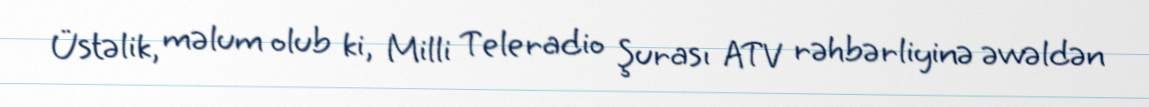
Üstəlik, məlum olub ki, Milli Teleradio Şurası ATV rəhbərliyinə əvvəldən